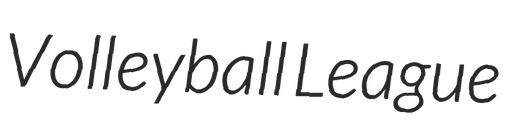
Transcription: Volleyball League